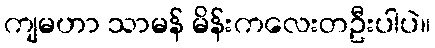
ကျမဟာ သာမန် မိန်းကလေးတဦးပါပဲ။